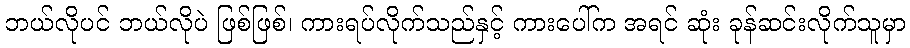
ဘယ်လိုပင် ဘယ်လိုပဲ ဖြစ်ဖြစ်၊ ကားရပ်လိုက်သည်နှင့် ကားပေါ်က အရင် ဆုံး ခုန်ဆင်းလိုက်သူမှာ